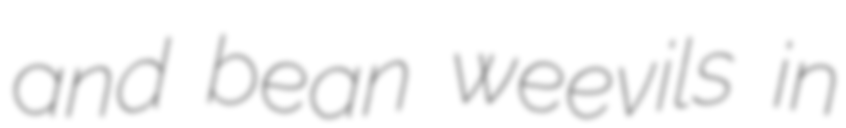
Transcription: and bean weevils in